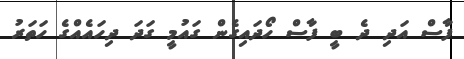
ފާސް އަދި ދެ ބީ ފާސް ހޯދައިގެން ގައުމީ ގަދަ ދިހައެއްގެ ހަތަރު